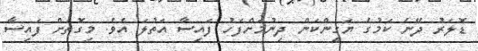
ޑޮލަރު ދޭނެ ކަމުގެ ޔަގީންކަން ދިނުމަށްފަހު ފައިސާ އަތުލަ އެވެ. މިގޮތަށް ފައިސާ